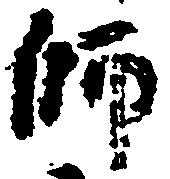
師